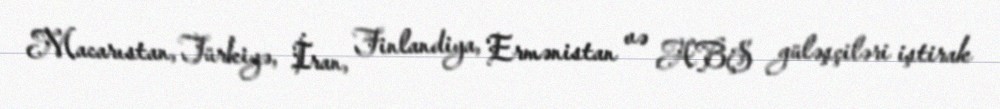
Macarıstan, Türkiyə, İran, Finlandiya, Ermənistan və ABŞ güləşçiləri iştirak